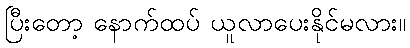
ပြီးတော့ နောက်ထပ် ယူလာပေးနိုင်မလား။